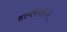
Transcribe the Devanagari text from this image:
हायवेवरून